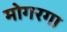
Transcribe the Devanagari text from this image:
मोगरगा